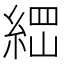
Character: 𰫪